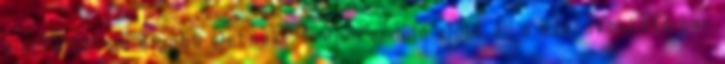
alapfeltétele a jobb életnek? Trendforduló előtt áll a szórakoztatóipar